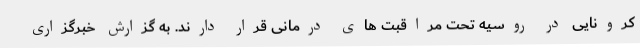
کرونایی در روسیه تحت مراقبت های درمانی قرار دارند. به گزارش خبرگزاری